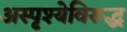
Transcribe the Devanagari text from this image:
अस्पृश्येविरूद्ध